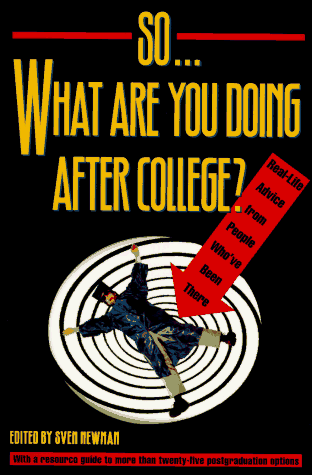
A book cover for So... What Are You Doing After College?: Real-Life Advice from People Who'Ve Been There; Business & Money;